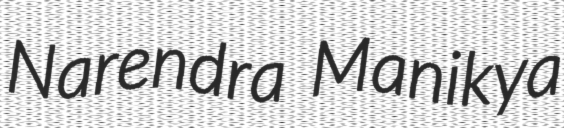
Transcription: Narendra Manikya